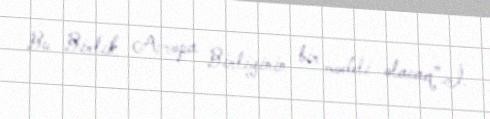
Bu Birlik Avropa Birliyinin bir modeli olacaq”.İ.